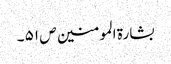
بشارۃ المومنین ص ۵۱ ۔